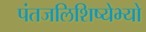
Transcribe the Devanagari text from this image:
पंतजलिशिष्येभ्यो